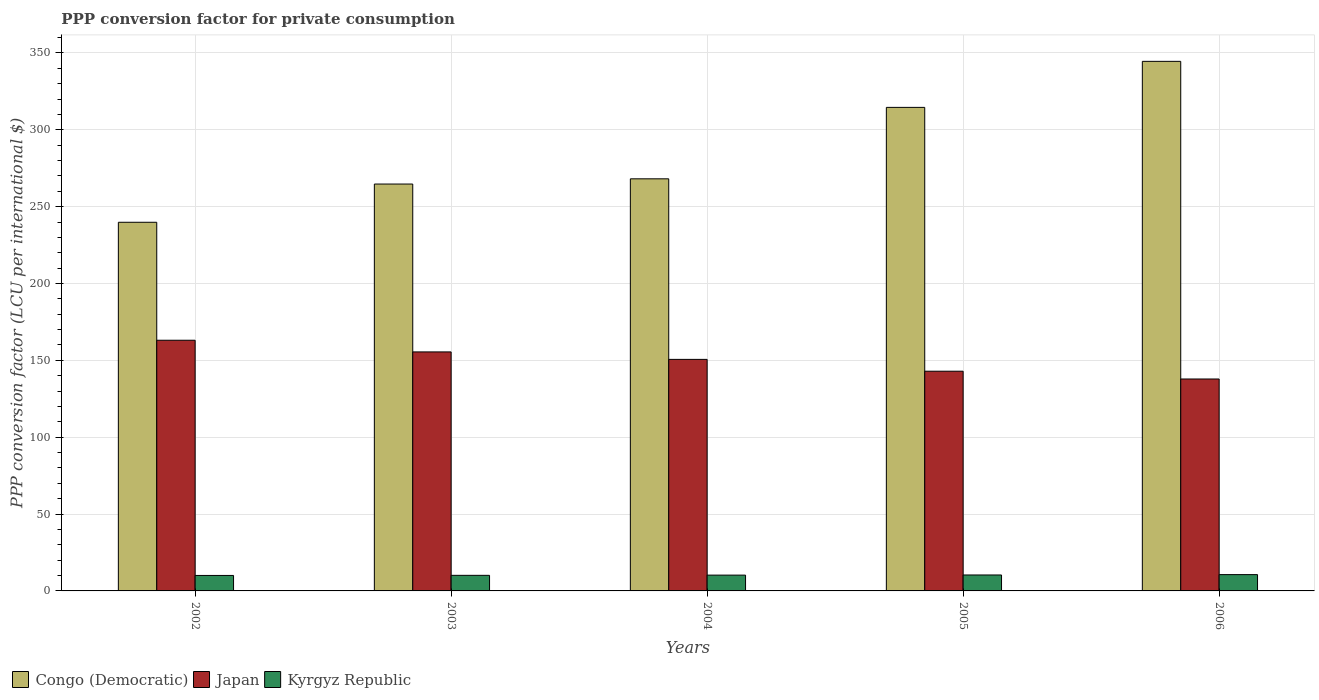
| Years | Congo (Democratic) | Japan | Kyrgyz Republic |
 | --- | --- | --- | --- |
 | 2002 | 240 | 163 | 10.1 |
 | 2003 | 265 | 155 | 10.1 |
 | 2004 | 268 | 151 | 10.3 |
 | 2005 | 315 | 143 | 10.4 |
 | 2006 | 345 | 138 | 10.6 |